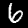
Digit: 6